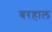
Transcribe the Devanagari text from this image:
बरहाल